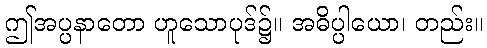
ဤအပ္ပနာတော ဟူသောပုဒ်၌။ အဓိပ္ပါယော၊ တည်း။